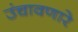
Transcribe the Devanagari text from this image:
उंचावणारे